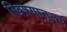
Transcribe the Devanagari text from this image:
खिश्यातूनच